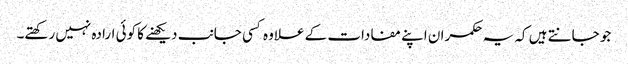
جو جانتے ہیں کہ یہ حکمران اپنے مفادات کے علاوہ کسی جانب دیکھنے کا کوئی ارادہ نہیں رکھتے۔